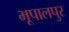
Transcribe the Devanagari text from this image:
भूपालपुर